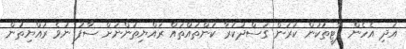
އަދި އެހެން ޕާޓީތަކުން ކުރަން ގަސްދުކުރާ ކަންތައްތައް ރައްޔިތުންނަށް ސާފު ނުވެ ރައްޔިތުން